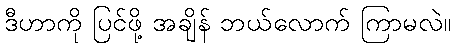
ဒီဟာကို ပြင်ဖို့ အချိန် ဘယ်လောက် ကြာမလဲ။